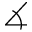
\measuredangle